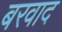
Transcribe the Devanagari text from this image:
बरवाद